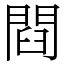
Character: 閰